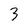
Character: 3